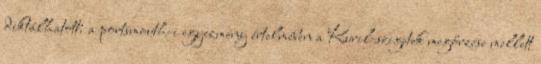
diktálhatott: a portsmouth-i egyezmény értelmében a Kuril-szigetek megőrzése mellett